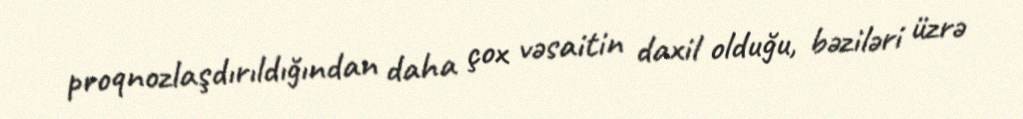
proqnozlaşdırıldığından daha çox vəsaitin daxil olduğu, bəziləri üzrə